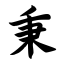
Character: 秉